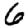
Digit: 6